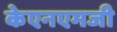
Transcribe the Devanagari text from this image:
केएनएमजी